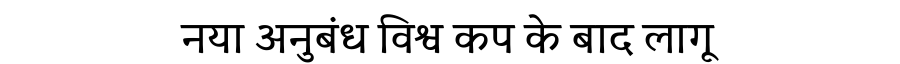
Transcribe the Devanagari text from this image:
नया अनुबंध विश्व कप के बाद लागू